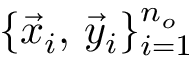
\{ \vec { x } _ { i } , \, \vec { y } _ { i } \} _ { i = 1 } ^ { n _ { o } }